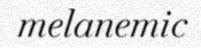
melanemic